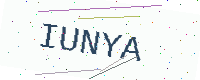
Text: IUNYA